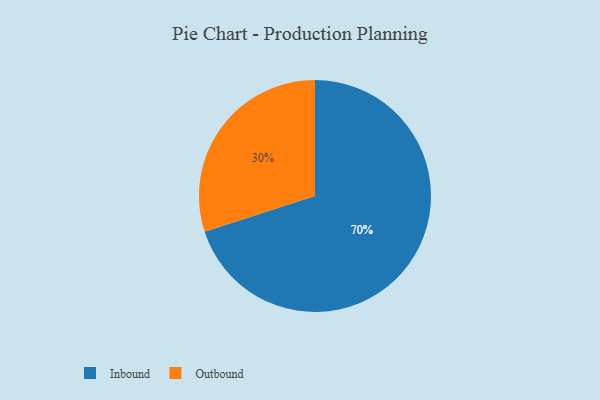
{"axis": {"x": "Category", "y": "Percentage"}, "legend": ["Inbound", "Outbound"], "data": [{"x": "Outbound", "y": 30, "type": "Outbound"}, {"x": "Inbound", "y": 70, "type": "Inbound"}]}